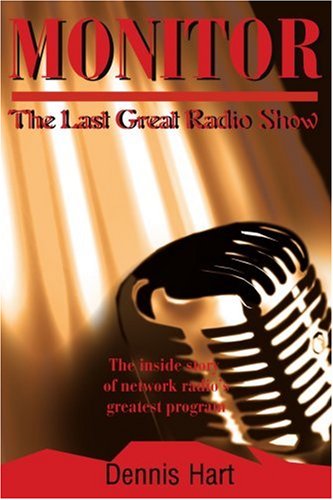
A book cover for Monitor: The Last Great Radio Show; Dennis Hart; Humor & Entertainment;